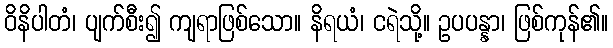
ဝိနိပါတံ၊ ပျက်စီး၍ ကျရာဖြစ်သော။ နိရယံ၊ ငရဲသို့။ ဥပပန္နာ၊ ဖြစ်ကုန်၏။